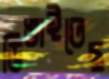
ডিঙাইতেছ